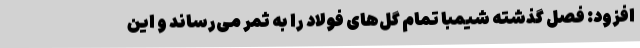
افزود: فصل گذشته شیمبا تمام گل‌های فولاد را به ثمر می‌رساند و این